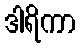
ဒါရိကာ